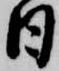
日